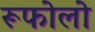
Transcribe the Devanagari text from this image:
रूफोलो